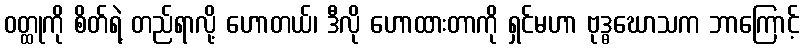
ဝတ္ထုကို စိတ်ရဲ့ တည်ရာလို့ ဟောတယ်၊ ဒီလို ဟောထားတာကို ရှင်မဟာ ဗုဒ္ဓဃောသက ဘာကြောင့်